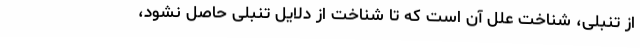
از تنبلی، شناخت علل آن است که تا شناخت از دلایل تنبلی حاصل نشود،